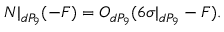
{ \cal N } | _ { d P _ { 9 } } ( - F ) = { \cal O } _ { d P _ { 9 } } ( 6 \sigma | _ { d P _ { 9 } } - F ) .